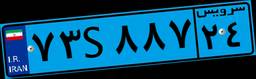
۷۳S۸۸۷۲۴